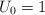
LaTeX: \begin{align*}U_0=1\end{align*}